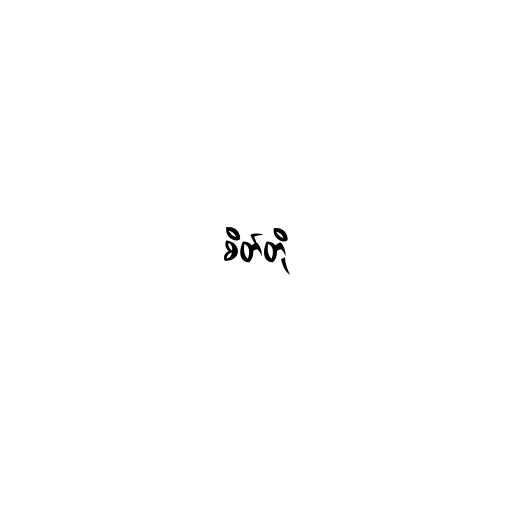
စိတ်တို